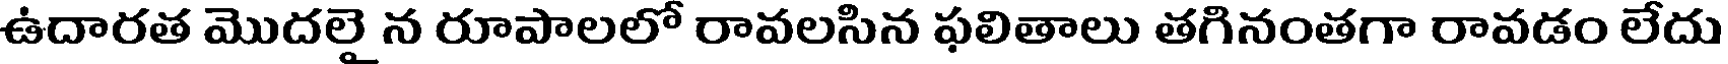
ఉదారత మొదలై న రూపాలలో రావలసిన ఫలితాలు తగినంతగా రావడం లేదు